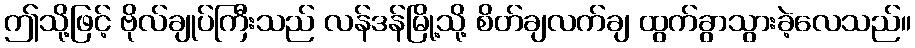
ဤသို့ဖြင့် ဗိုလ်ချုပ်ကြီးသည် လန်ဒန်မြို့သို့ စိတ်ချလက်ချ ထွက်ခွာသွားခဲ့လေသည်။